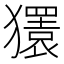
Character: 𰡨